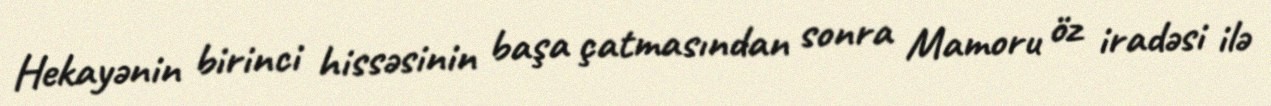
Hekayənin birinci hissəsinin başa çatmasından sonra Mamoru öz iradəsi ilə